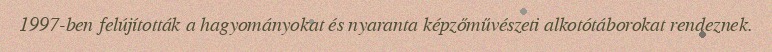
1997-ben felújították a hagyományokat és nyaranta képzőművészeti alkotótáborokat rendeznek.